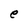
Character: e